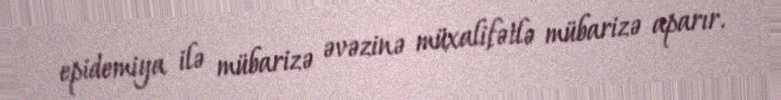
epidemiya ilə mübarizə əvəzinə müxalifətlə mübarizə aparır.